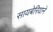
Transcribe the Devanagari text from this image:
सायबेरियाने